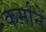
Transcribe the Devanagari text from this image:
कर्मांनें